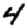
Digit: 4